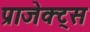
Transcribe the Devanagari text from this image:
प्राजेक्ट्स